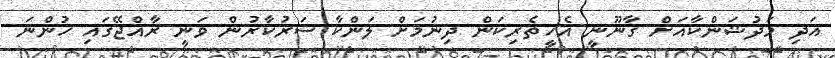
އަދި މަދުޝަންކާއަށް ގާނޫނީ އެހީތެރިކަން ދިނުމަށް ލަންކާ ސަރުކާރުން ވަނީ ރާއްޖޭގައި ހުންނަ